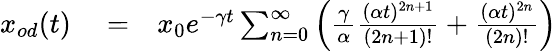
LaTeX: \begin{array}{rlr}{x_{od}(t)}&{{}=}&{x_{0}e^{-\gamma t}\sum_{n=0}^{\infty}\left(\frac{\gamma}{\alpha}\frac{(\alpha t)^{2n+1}}{(2n+1)!}+\frac{(\alpha t)^{2n}}{(2n)!}\right)}\end{array}